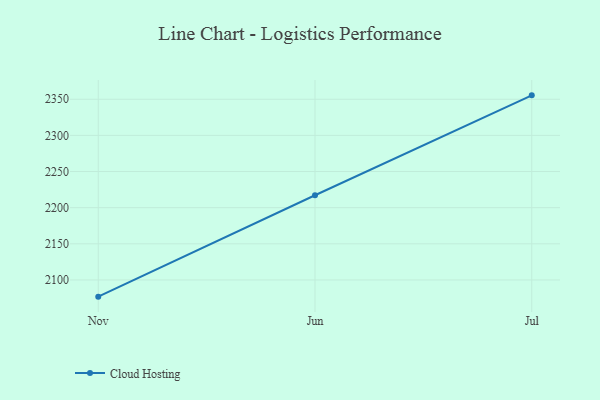
{"axis": {"x": "Month", "y": "Population (Million)"}, "legend": ["Cloud Hosting"], "data": [{"x": "Nov", "y": 2076.9, "type": "Cloud Hosting"}, {"x": "Jun", "y": 2217.2, "type": "Cloud Hosting"}, {"x": "Jul", "y": 2355.4, "type": "Cloud Hosting"}]}